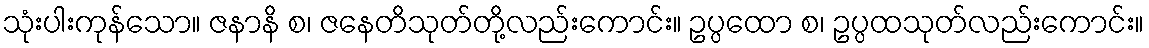
သုံးပါးကုန်သော။ ဇနာနိ စ၊ ဇနေတိသုတ်တို့လည်းကောင်း။ ဥပ္ပထော စ၊ ဥပ္ပထသုတ်လည်းကောင်း။